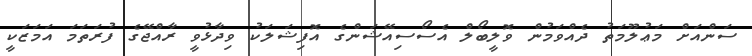
ސަންއަށް މަޢުލޫމަތު ދެއްވަމުން ވޮލީބޯލް އެސޯސިއޭޝަންގެ އޮފިޝަލަކު ވިދާޅުވީ ރާއްޖޭގެ ފުރަތަމަ އަމަޒަކީ